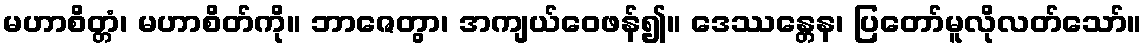
မဟာစိတ္တံ၊ မဟာစိတ်ကို။ ဘာဇေတွာ၊ အကျယ်ဝေဖန်၍။ ဒေဿန္တေန၊ ပြတော်မူလိုလတ်သော်။